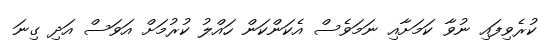
ކުރެވިފައި ނުވާ ކަމަށާއި ނަމަވެސް އެކަންކަން ހައްލު ކުރުމަށް އަވަސް އަދި ގިނަ